Black-water fever - Number 35
Disease focus: Fever
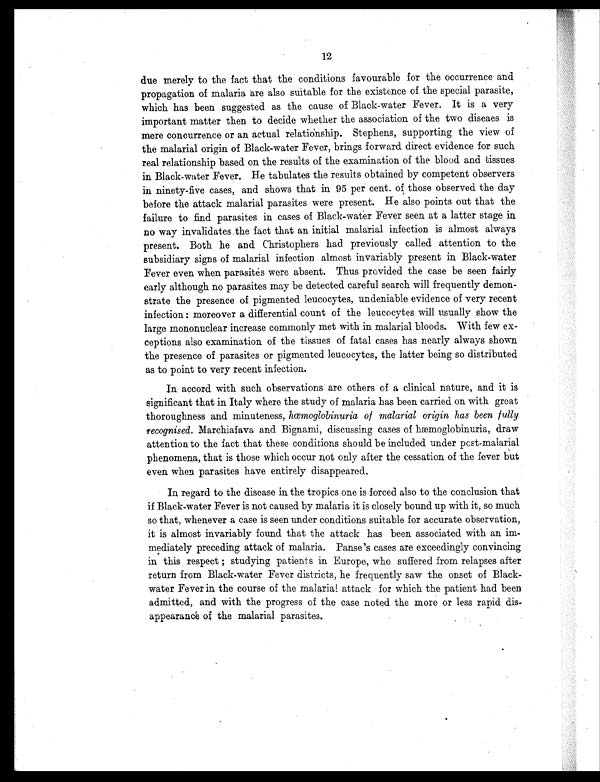
12
due merely to the fact that the conditions favourable for the occurrence and
propagation of malaria are also suitable for the existence of the special parasite,
which has been suggested as the cause of Black-water Fever. It is a very
important matter then to decide whether the association of the two diseaes is
mer e concur r ence or an act ual r el at i onshi p. St ephens, suppor t i ng t he vi ew of
the malarial origin of Black-water Fever, brings forward direct evidence for such
real relationship based on the results of the examination of the blood and tissues
in Black-water Fever. He tabulates the results obtained by competent observers
in ninety-five cases, and shows that in 95 per cent. of those observed the day
before the attack malarial parasites were present. He also points out that the
failure to find parasites in cases of Black-water Fever seen at a latter stage in
no way invalidates the fact that an initial malarial infection is almost always
present. Both he and Christophers had previously called attention to the
subsidiary signs of malarial infection almost invariably present in Black-water
Fever even when parasites were absent. Thus provided the case be seen fairly
early although no parasites may be detected careful search will frequently demon
-strate the presence of pigmented leucocytes, undeniable evidence of very recent
infection: moreover a differential count of the leucocytes will usually show the
large mononuclear increase commonly met with in malarial bloods. With few ex
-ceptions also examination of the tissues of fatal cases has nearly always shown
the presence of parasites or pigmented leucocytes, the latter being so distributed
as to point to very recent infection.
In accord with such observations are others of a clinical nature, and it is
significant that in Italy where the study of malaria has been carried on with great
thoroughness and minuteness, hœmoglobinuria of malarial origin has been fully,
recognised. Marchi afava and Bi gnami , di scussi ng cases of hœmogl obi nuri a, draw
attention to the fact that these conditions should be included under post-malarial
phenomena, that is those which occur not only after the cessation of the fever but
even when parasites have entirely disappeared.
In regard to the disease in the tropics one is forced also to the conclusion that
if Black-water Fever is not caused by malaria it is closely bound up with it, so much
so that, whenever a case is seen under conditions suitable for accurate observation,
it is almost invariably found that the attack has been associated with an im-
mediately preceding attack of malaria. Panse's cases are exceedingly convincing
in this respect ; studying patients in Europe, who suffered from relapses after
return from Black-water Fever districts, he frequently saw the onset of Black-
water Fever in the course of the malarial attack for which the patient had been
admitted, and with the progress of the case noted the more or less rapid dis
- a p p e a r a n c e o f t h e ma l a r i a l p a r a s i t e s .